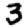
Digit: 3